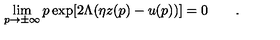
\lim _ { p \to \pm \infty } p \exp [ 2 \Lambda ( \eta z ( p ) - u ( p ) ) ] = 0 \qquad .